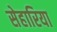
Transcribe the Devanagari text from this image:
सेहारिया